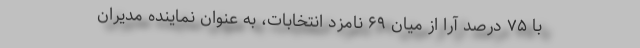
با ۷۵ درصد آرا از میان ۶۹ نامزد انتخابات، به عنوان نماینده مدیران